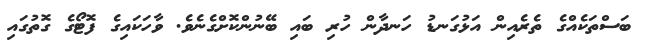
ބަސްތަކެއްގެ ތެރެއިން އަޅުގަނޑު ހަނދާން ހުރި ބައި ބޭނުންކޮށްގެނެވެ. ވާހަކައިގެ ފޮޓޯގެ ގޮތުގައި